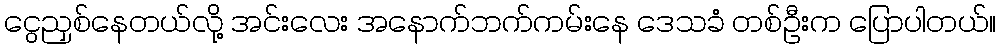
ငွေညှစ်နေတယ်လို့ အင်းလေး အနောက်ဘက်ကမ်းနေ ဒေသခံ တစ်ဦးက ပြောပါတယ်။